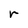
Character: r